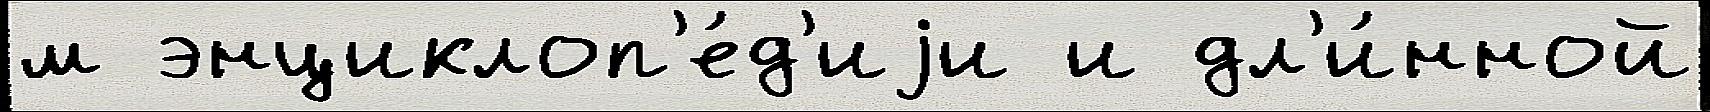
м энциклоп'е́д'иjи и дл'и́нной